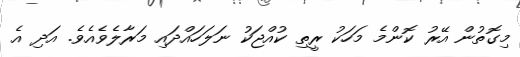
މިގޮތުން އޭރު ކޮންމެ މަހަކު ރީތި ކުއްޖަކު ނަލަހައްދައި މަރާލެވެއެވެ. އަދި އެ